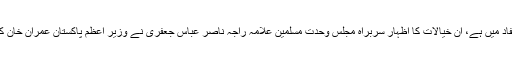
امریکہ سے برابری کی سطح پر بات کرنا ہے ملکی مفاد میں ہے، ان خیالات کا اظہار سربراہ مجلس وحدت مسلمین علامہ راجہ ناصر عباس جعفری نے وزیر اعظم پاکستان عمران خان کے دورہ امریکہ پر میڈیا سیل سے جاری بیان میں کیا ۔